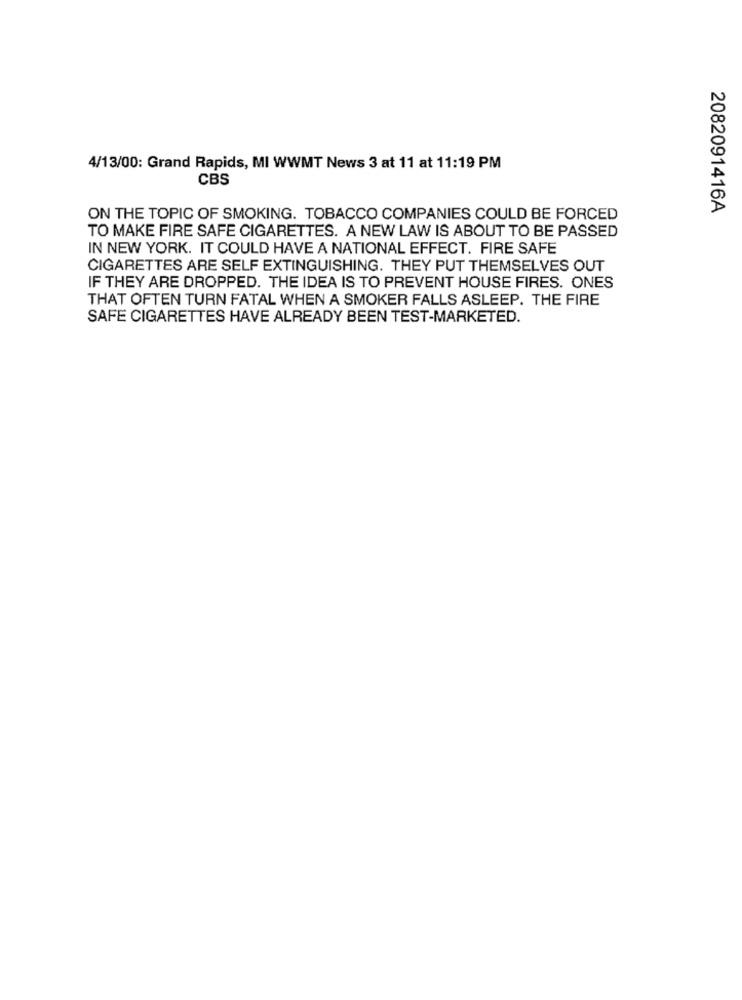
4/13/00: Grand Rapids, MI WWMT News 3 at 11 at 11:19 PM
CBS
2082091416A
ON THE TOPIC OF SMOKING. TOBACCO COMPANIES COULD BE FORCED
TO MAKE FIRE SAFE CIGARETTES. A NEW LAW IS ABOUT TO BE PASSED
IN NEW YORK. IT COULD HAVE A NATIONAL EFFECT. FIRE SAFE
CIGARETTES ARE SELF EXTINGUISHING. THEY PUT THEMSELVES OUT
IF THEY ARE DROPPED. THE IDEA IS TO PREVENT HOUSE FIRES. ONES
THAT OFTEN TURN FATAL WHEN A SMOKER FALLS ASLEEP. THE FIRE
SAFE CIGARETTES HAVE ALREADY BEEN TEST-MARKETED.